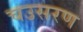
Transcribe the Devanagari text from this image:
चउसरण